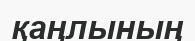
қаңлының